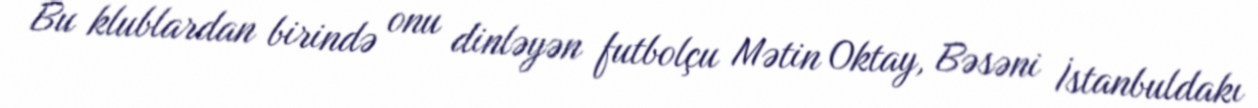
Bu klublardan birində onu dinləyən futbolçu Mətin Oktay, Bəsəni İstanbuldakı